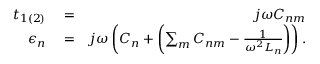
\begin{array} { r l r } { t _ { 1 ( 2 ) } } & { { } = } & { j \omega C _ { n m } } \\ { \epsilon _ { n } } & { { } = } & { j \omega \left( C _ { n } + \left( \sum _ { m } C _ { n m } - \frac { 1 } { \omega ^ { 2 } L _ { n } } \right) \right) . } \end{array}